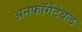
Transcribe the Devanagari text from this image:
अनफॉर्गेटेबल